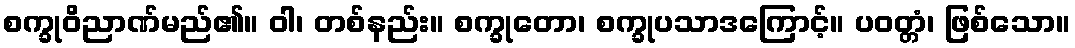
စက္ခုဝိညာဏ်မည်၏။ ဝါ၊ တစ်နည်း။ စက္ခုတော၊ စက္ခုပသာဒကြောင့်။ ပဝတ္တံ၊ ဖြစ်သော။